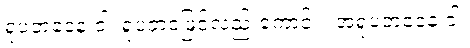
ရူပဘဝေန ဝါ၊ ရူပဘဝဖြင့်လည်းကောင်း။ အရူပဘဝေန ဝါ၊